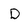
Character: D